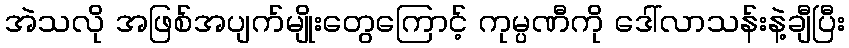
အဲသလို အဖြစ်အပျက်မျိုးတွေကြောင့် ကုမ္ပဏီကို ဒေါ်လာသန်းနဲ့ချီပြီး